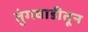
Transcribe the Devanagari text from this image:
तुंगवाडीतून